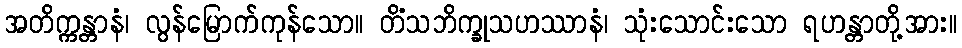
အတိက္ကန္တာနံ၊ လွန်မြောက်ကုန်သော။ တိံသဘိက္ခုသဟဿာနံ၊ သုံးသောင်းသော ရဟန္တာတို့အား။